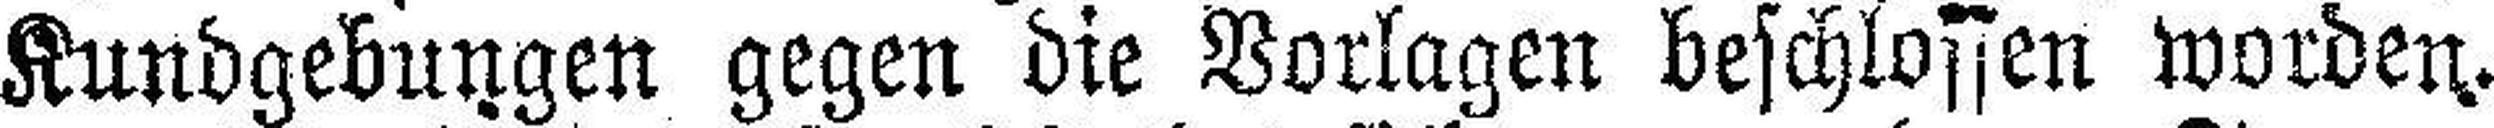
Kundgebungen gegen die Vorlagen beschlossen worden.